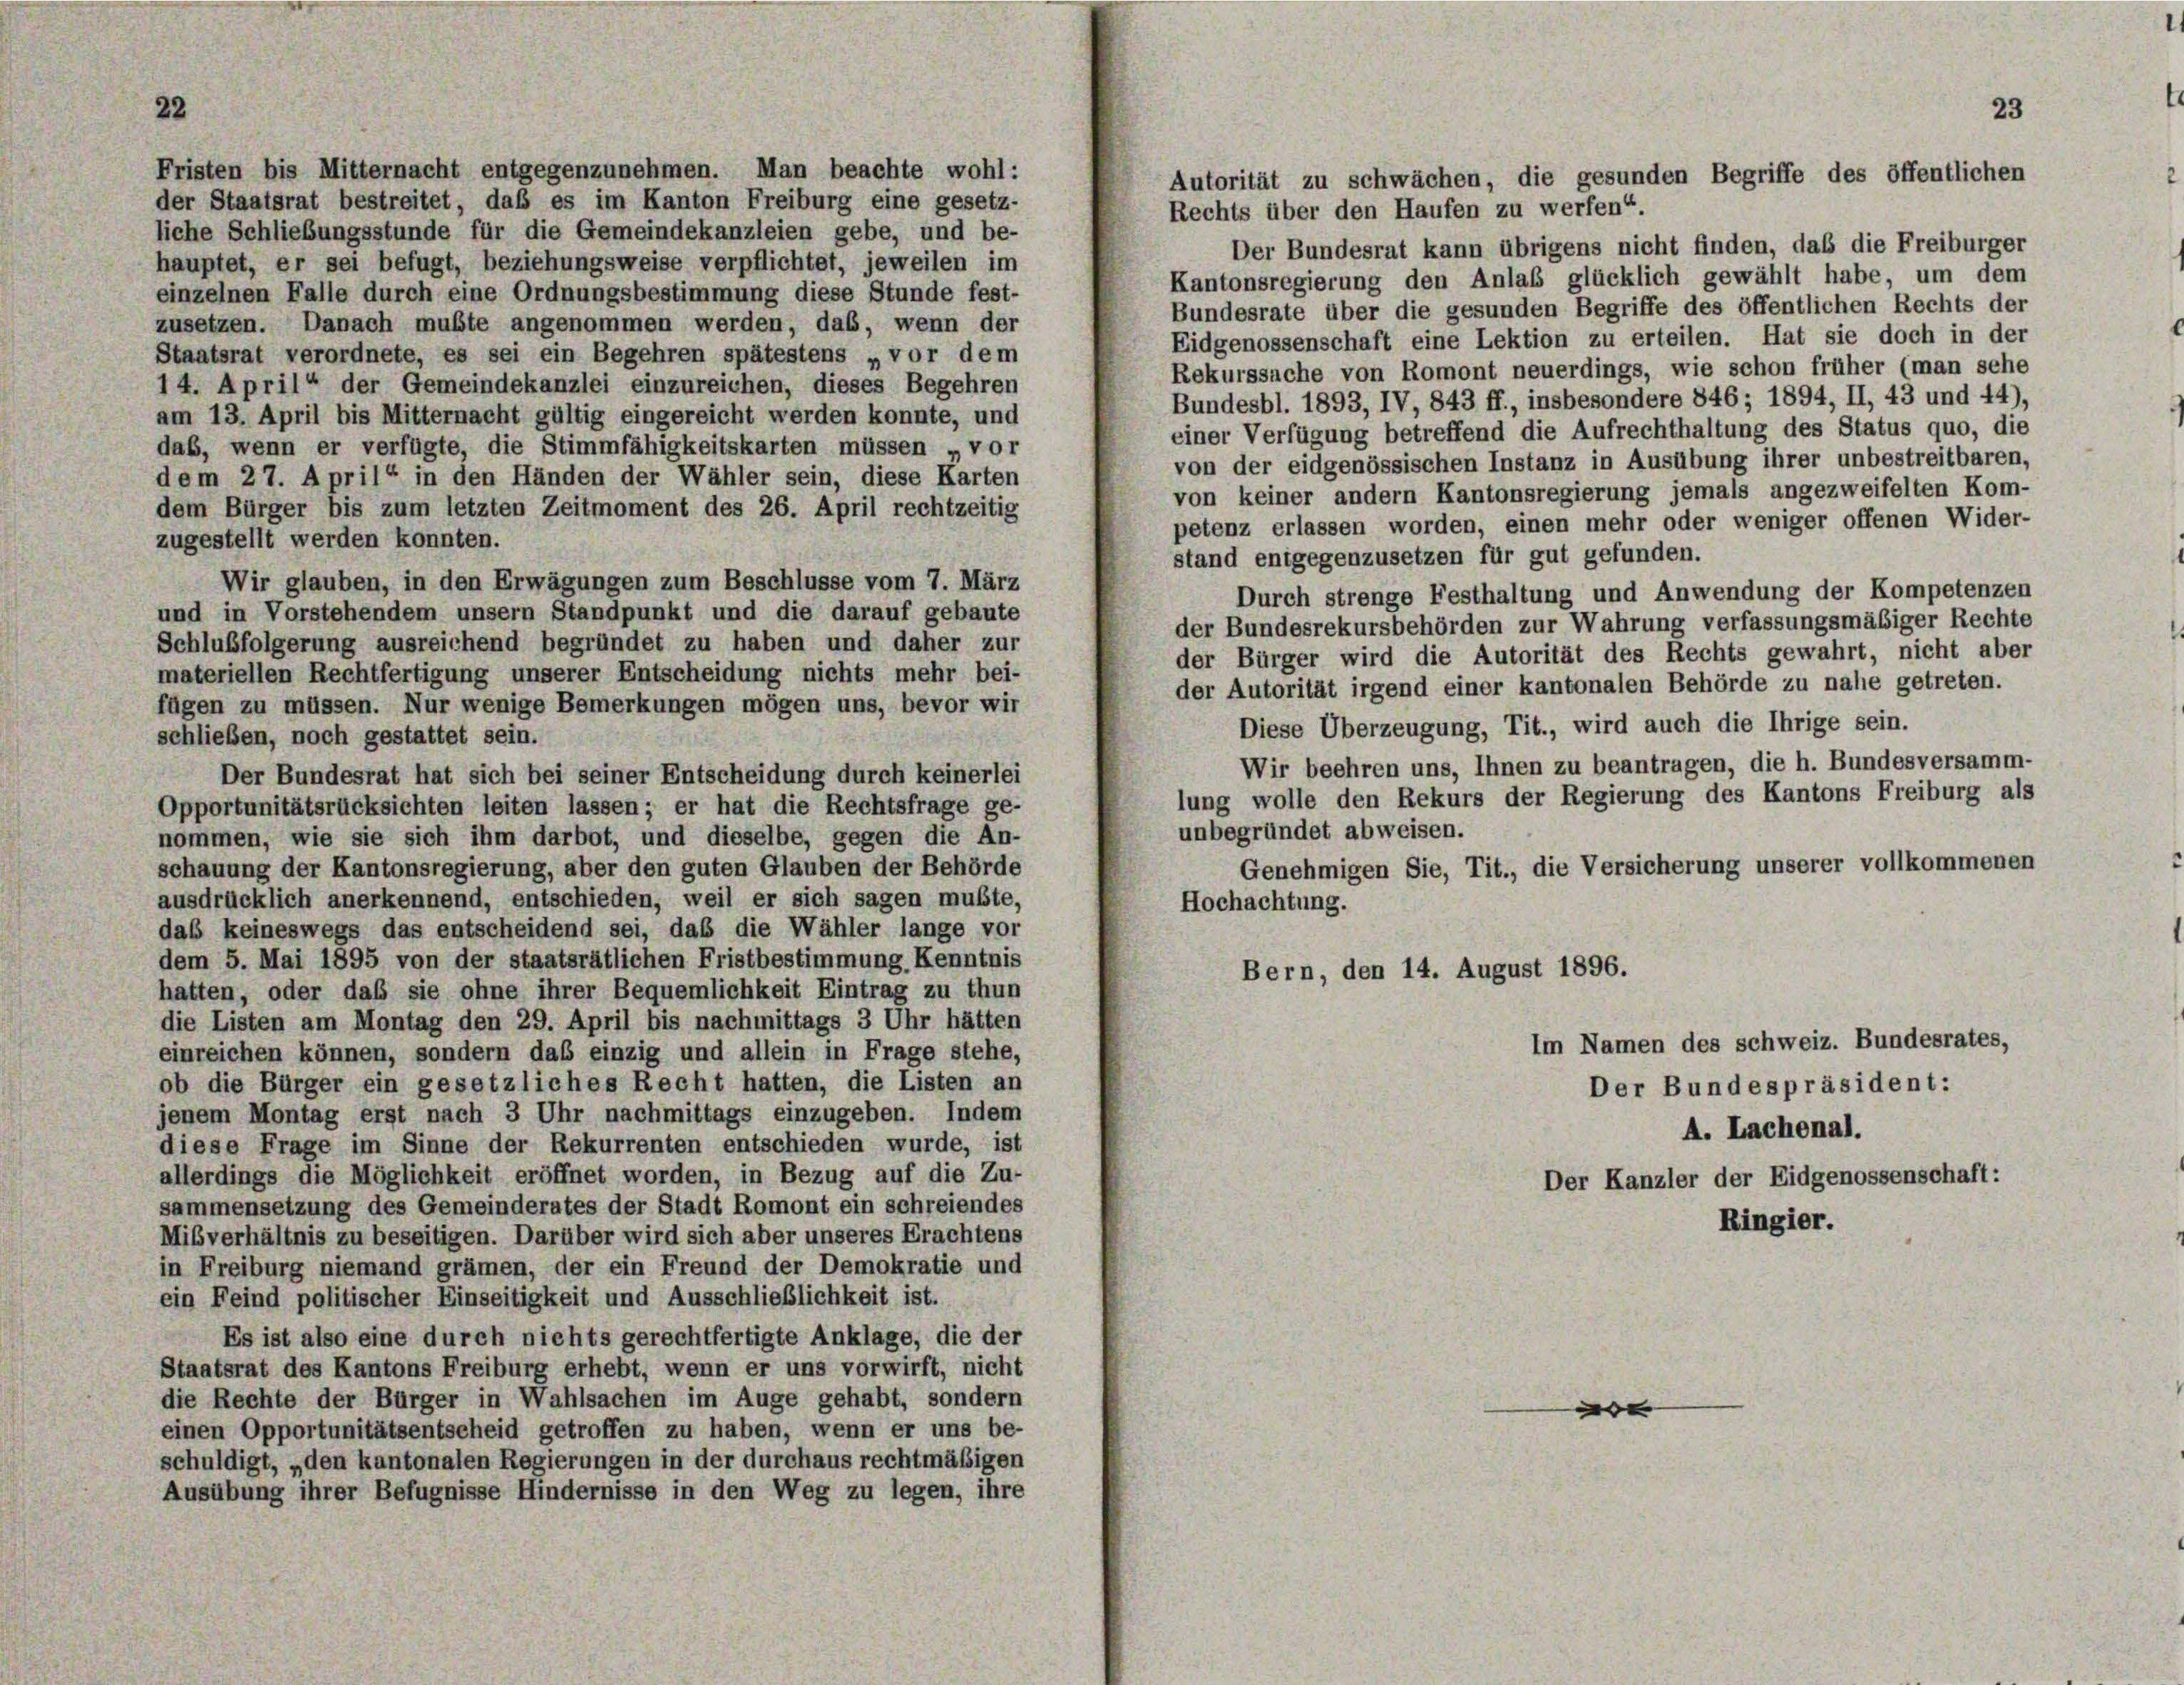
22
Fristen bis Mitternacht entgegenzunehmen. Man beachte wohl:
Autorität zu schwächen, die gesunden Begriffe des öffentlichen
der Staatsrat bestreitet, daß es im Kanton Freiburg eine gesetz-
Rechts über den Haufen zu werfen“.
liche Schließungsstunde für die Gemeindekanzleien gebe, und be-
Der Bundesrat kann übrigens nicht finden, daß die Freiburger
hauptet, er sei befugt, beziehungsweise verpflichtet, jeweilen im
Kantonsregierung den Anlaß glücklich gewählt habe, um dem
einzelnen Falle durch eine Ordnungsbestimmung diese Stunde fest-
Bundesrate über die gesunden Begriffe des öffentlichen Rechts der
zusetzen. Danach mußte angenommen werden, das, wenn der
Eidgenossenschaft eine Lektion zu erteilen. Hat sie doch in der
Staatsrat verordnete, es sei ein Begehren spätestens „vor dem
Rekurssache von Romont neuerdings, wie schon früher (man sehe
14. April“ der Gemeindekanzlei einzureichen, dieses Begehren
Bundesbl. 1893, IV, 843 ff., insbesondere 846; 1894, II, 43 und 44),
am 13. April bis Mitternacht gültig eingereicht werden konnte, und
einer Verfügung betreffend die Aufrechthaltung des Status quo, die
dab, wenn er verfügte, die Stimmfähigkeitskarten müssen „vor
von der eidgenössischen Instanz in Ausübung ihrer unbestreitbaren,
dem 27. April“ in den Händen der Wähler sein, diese Karten
von keiner andern Kantonsregierung jemals angezweifelten Kom-
dem Bürger bis zum letzten Zeitmoment des 26. April rechtzeitig
petenz erlassen worden, einen mehr oder weniger offenen Wider-
zugestellt werden konnten.
stand entgegenzusetzen für gut gefunden.
Wir glauben, in den Erwägungen zum Beschlüsse vom 7. März
Durch strenge Festhaltung und Anwendung der Kompetenzen
und in Vorstehendem unsern Standpunkt und die darauf gebaute
der Bundesrekursbehörden zur Wahrung verfassungsmäßiger Rechte
Schlußfolgerung ausreichend begründet zu haben und daher zur
der Bürger wird die Autorität des Rechts gewahrt, nicht aber
materiellen Rechtfertigung unserer Entscheidung nichts mehr bei-
der Autorität irgend einer kantonalen Behörde zu nahe getreten.
fügen zu müssen. Nur wenige Bemerkungen mögen uns, bevor wir
Diese Überzeugung, Tit., wird auch die Ihrige sein.
schließen, noch gestattet sein.
Wir beehren uns, Ihnen zu beantragen, die h. Bundesversamm-
Der Bundesrat hat sich bei seiner Entscheidung durch keinerlei
lung wolle den Rekurs der Regierung des Kantons Freiburg als
Opportunitätsrücksichten leiten lassen; er hat die Rechtsfrage ge-
unbegründet abweisen.
nommen, wie sie sich ihm darbot, und dieselbe, gegen die An-
Genehmigen Sie, Tit., die Versicherung unserer vollkommenen
schauung der Kantonsregierung, aber den guten Glauben der Behörde
ausdrücklich anerkennend, entschieden, weil er sich sagen mußte,
Hochachtung.
daß keineswegs das entscheidend sei, daß die Wähler lange vor
dem 5. Mai 1895 von der staatsrätlichen Fristbestimmung Kenntnis
Bern, den 14. August 1896.
hatten, oder daß sie ohne ihrer Bequemlichkeit Eintrag zu thun
die Listen am Montag den 29. April bis nachmittags 3 Uhr hätten
Im Namen des schweiz. Bundesrates,
einreichen können, sondern das einzig und allein in Frage stehe,
ob die Bürger ein gesetzliches Recht hatten, die Listen an
Der Bundespräsident:
jenem Montag erst nach 3 Uhr nachmittags einzugeben. Indem
A. Lachenal.
diese Frage im Sinne der Rekurrenten entschieden wurde, ist
allerdings die Möglichkeit eröffnet worden, in Bezug auf die Zu-
Der Kanzler der Eidgenossenschaft:
sammensetzung des Gemeinderates der Stadt Romont ein schreiendes
Ringier.
Mißverhältnis zu beseitigen. Darüber wird sich aber unseres Erachtens
in Freiburg niemand grämen, der ein Freund der Demokratie und
ein Feind politischer Einseitigkeit und Ausschließlichkeit ist.
Es ist also eine durch nichts gerechtfertigte Anklage, die der
Staatsrat des Kantons Freiburg erhebt, wenn er uns vorwirft, nicht
die Rechte der Bürger in Wahlsachen im Auge gehabt, sondern
e
einen Opportunitätsentscheid getroffen zu haben, wenn er uns be-
schuldigt, „den kantonalen Regierungen in der durchaus rechtmäßigen
Ausübung ihrer Befugnisse Hindernisse in den Weg zu legen, ihre

23